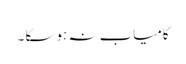
کامیاب نہ ہو سکا ۔